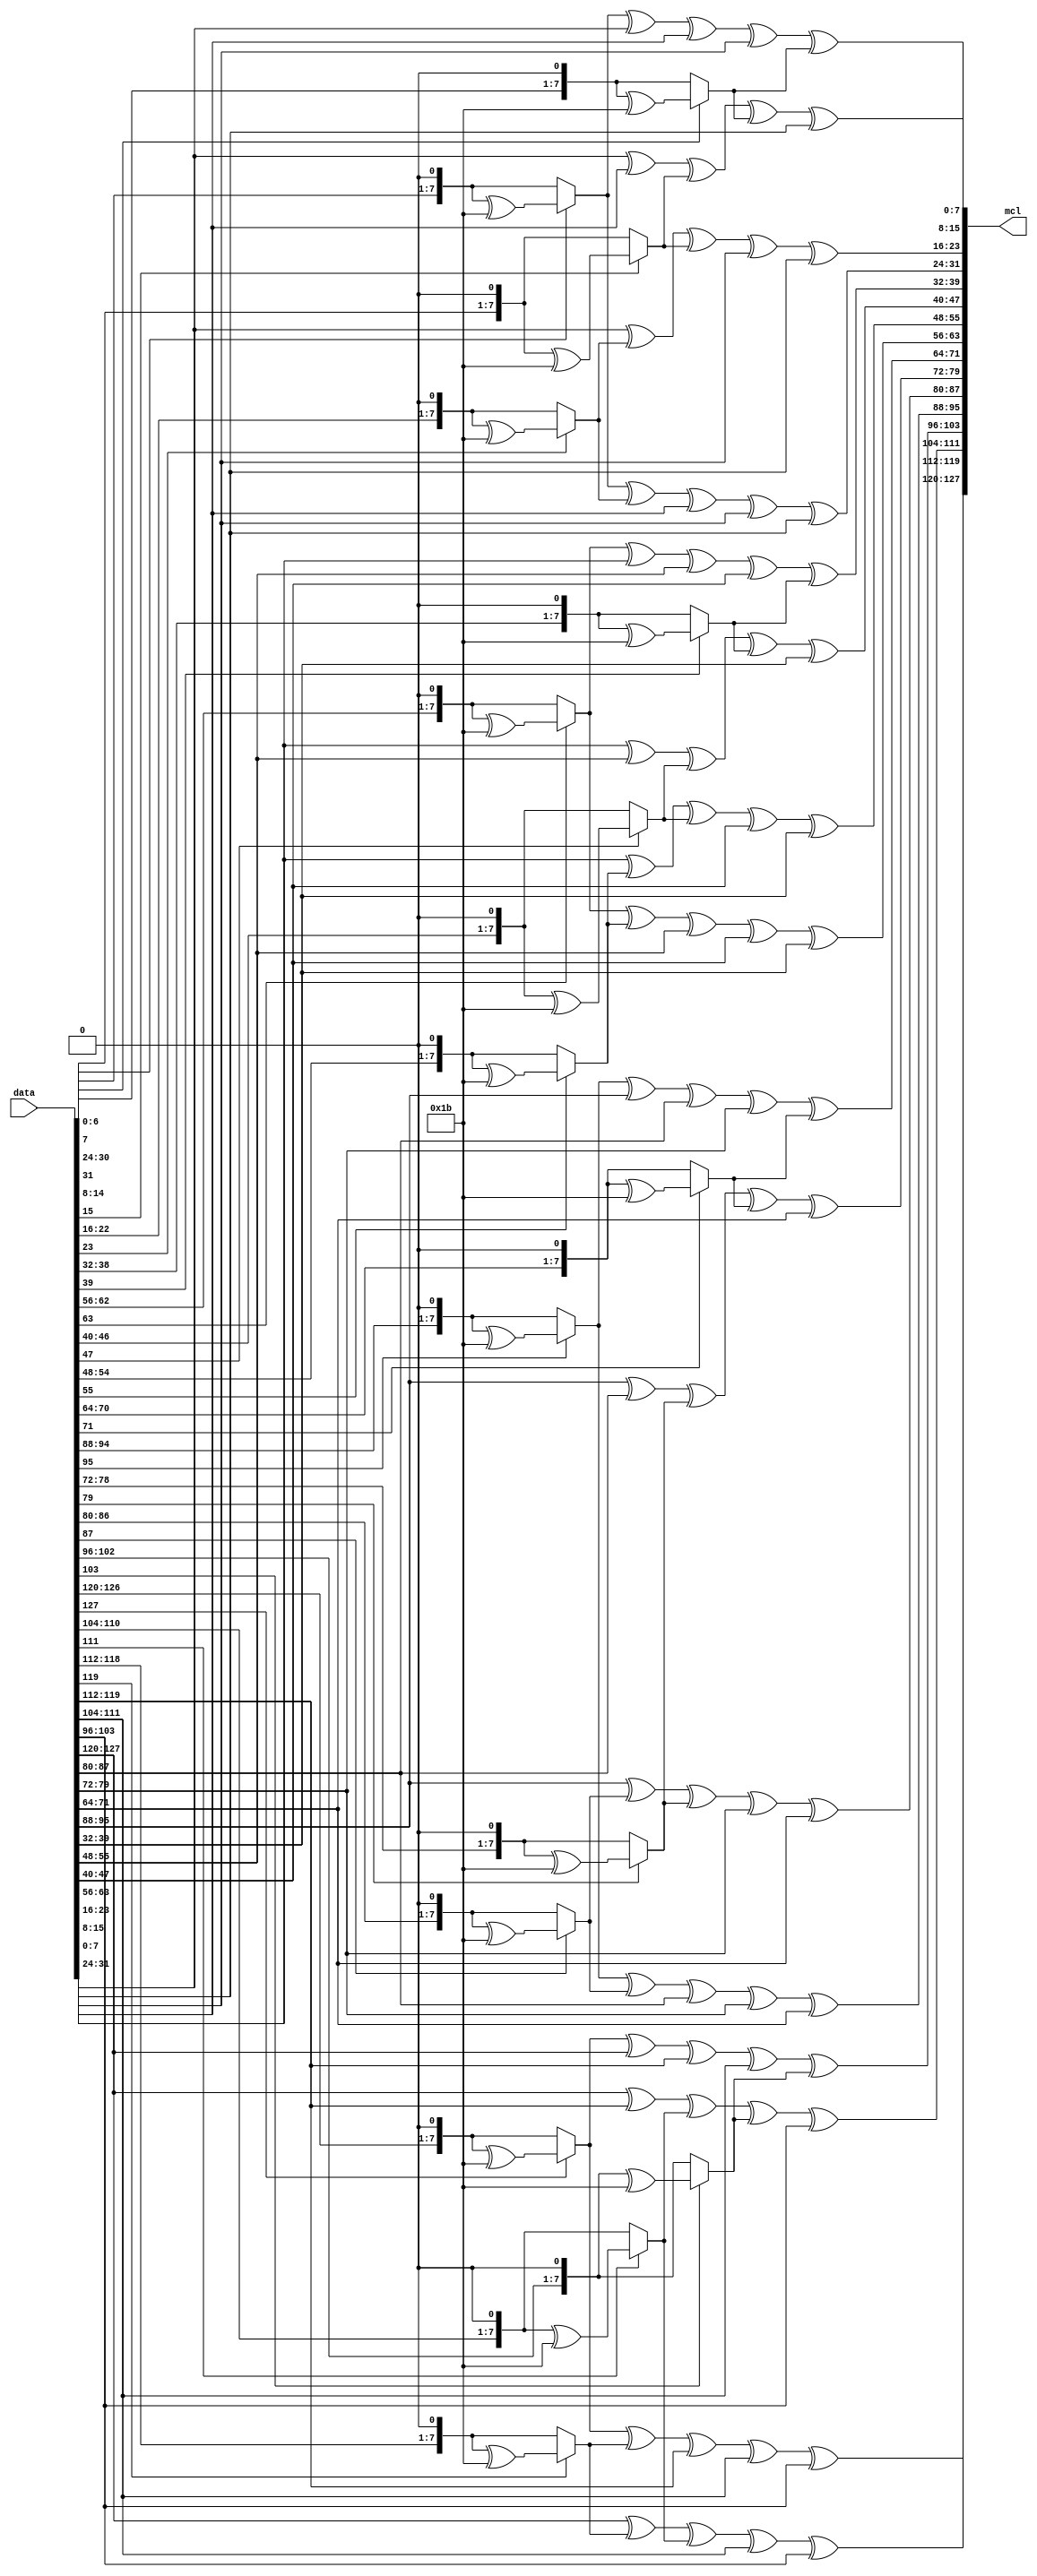
`timescale 1ns / 1ps
//////////////////////////////////////////////////////////////////////////////////
// Company: 
// Engineer: 
// 
// Design Name: 
// Module Name: mixcolumns
// Project Name: 
// Target Devices: 
// Tool Versions: 
// Description: 
// 
// Dependencies: 
// 
// Revision:
// Revision 0.01 - File Created
// Additional Comments:
// 
//////////////////////////////////////////////////////////////////////////////////


module mixcolumn(data,mcl);
input [127:0] data;
output [127:0] mcl;



assign mcl[127:120] = m2(data[127:120])^m2(data[119:112])^data[119:112]^data[111:104]^data[103:96];
    assign mcl[119:112] = data[127:120]^m2(data[119:112])^m2(data[111:104])^data[111:104]^data[103:96];
    assign mcl[111:104] = data[127:120]^data[119:112]^m2(data[111:104])^m2(data[103:96])^data[103:96];
    assign mcl[103:96] = m2(data[127:120])^data[127:120]^data[119:112]^data[111:104]^m2(data[103:96]);
    
    assign mcl[95:88] = m2(data[95:88])^m2(data[87:80])^data[87:80]^data[79:72]^data[71:64];
    assign mcl[87:80] = data[95:88]^m2(data[87:80])^m2(data[79:72])^data[79:72]^data[71:64];
    assign mcl[79:72] = data[95:88]^data[87:80]^m2(data[79:72])^m2(data[71:64])^data[71:64];
    assign mcl[71:64] = m2(data[95:88])^data[95:88]^data[87:80]^data[79:72]^m2(data[71:64]);
    
    assign mcl[63:56] = m2(data[63:56])^m2(data[55:48])^data[55:48]^data[47:40]^data[39:32];
    assign mcl[55:48] = data[63:56]^m2(data[55:48])^m2(data[47:40])^data[47:40]^data[39:32];
    assign mcl[47:40] = data[63:56]^data[55:48]^m2(data[47:40])^m2(data[39:32])^data[39:32];
    assign mcl[39:32] = m2(data[63:56])^data[63:56]^data[55:48]^data[47:40]^m2(data[39:32]);
    
    assign mcl[31:24] = m2(data[31:24])^m2(data[23:16])^data[23:16]^data[15:8]^data[7:0];
    assign mcl[23:16] = data[31:24]^m2(data[23:16])^m2(data[15:8])^data[15:8]^data[7:0];
    assign mcl[15:8] = data[31:24]^data[23:16]^m2(data[15:8])^m2(data[7:0])^data[7:0];
    assign mcl[7:0] = m2(data[31:24])^data[31:24]^data[23:16]^data[15:8]^m2(data[7:0]);
    
    function [7:0]m2;
    input [7:0]i;
    begin
    if(i[7] ==0)
        m2 = i<<1;
    else
        m2 = (i<<1)^(8'h1b);
    end
    endfunction
endmodule